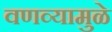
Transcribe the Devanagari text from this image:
वणव्यामुळे